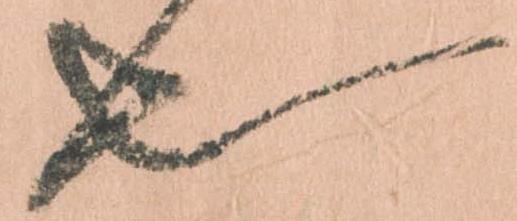
也